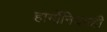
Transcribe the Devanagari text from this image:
हार्मोनियमही